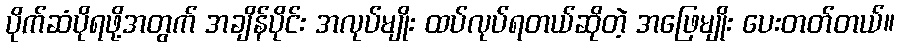
ပိုက်ဆံပိုရဖို့အတွက် အချိန်ပိုင်း အလုပ်မျိုး ထပ်လုပ်ရတယ်ဆိုတဲ့ အဖြေမျိုး ပေးတတ်တယ်။